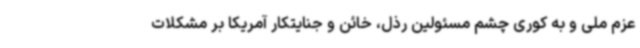
عزم ملی و به کوری چشم مسئولین رذل، خائن و جنایتکار آمریکا بر مشکلات